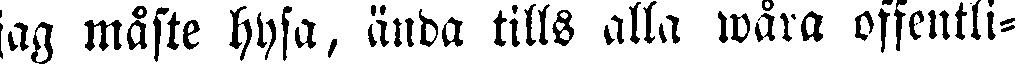
jag måste hysa, ända tills alla wåra offentli-